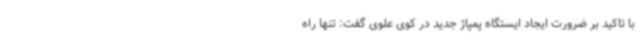
با تاکید بر ضرورت ایجاد ایستگاه پمپاژ جدید در کوی علوی گفت: تنها راه